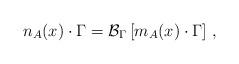
LaTeX: \begin{align*}n_A(x)\cdot \Gamma ={\cal B}_\Gamma \left[ m_A(x)\cdot \Gamma \right] \,,\end{align*}